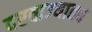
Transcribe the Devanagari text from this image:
दरवाज्यातच